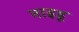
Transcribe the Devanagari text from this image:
नाइडू